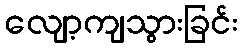
လျော့ကျသွားခြင်း